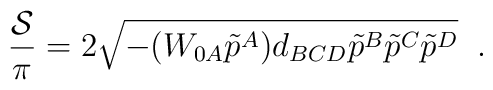
{{\cal S}\over \pi}= 2 \sqrt { - ( W_{0A} \tilde{p}^A) d_{BCD} \tilde p^B\tilde p^C\tilde p^D}\;\;.